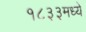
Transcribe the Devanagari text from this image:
१८३३मध्ये